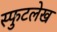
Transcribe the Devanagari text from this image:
स्फुटलेख